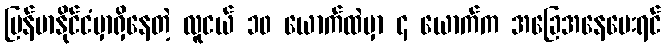
မြန်မာနိုင်ငံမှာရှိနေတဲ့ လူငယ် ၁၀ ယောက်ထဲမှာ ၄ ယောက်က အခြေအနေပေးရင်